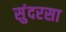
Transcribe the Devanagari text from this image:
सुंदरसा